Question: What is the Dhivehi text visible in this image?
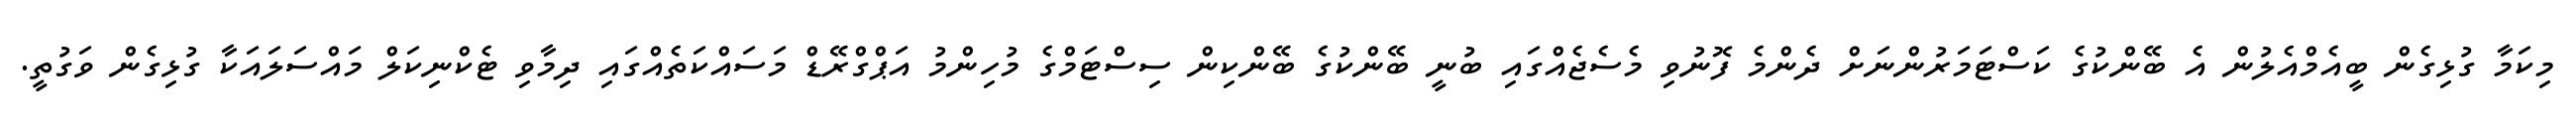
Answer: މިކަމާ ގުޅިގެން ބީއެމްއެލުން އެ ބޭންކުގެ ކަސްޓަމަރުންނަށް ދެންމެ ފޮނުވި މެސެޖެއްގައި ބުނީ ބޭންކުގެ ބޭންކިން ސިސްޓަމްގެ މުހިންމު އަޕްގްރޭޑް މަސައްކަތެއްގައި ދިމާވި ޓެކްނިކަލް މައްސަލައަކާ ގުޅިގެން ވަގުތީ.